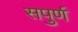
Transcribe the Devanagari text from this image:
सपुर्ण